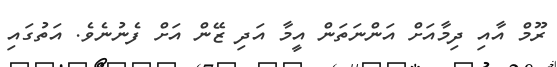
ރޫމް އާއި ދިމާއަށް އަންނަތަން އީމާ އަދި ޒޭން އަށް ފެނުނެވެ. އަތުގައި